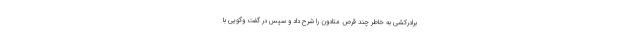
برادرکشی به خاطر چند قرص متادون را شرح داد و سپس در گفت وگویی با